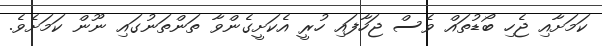
ކަމަށާއި ޖެހި ބޯޑުތައް ވެސް ޖަހާފައި ހުރީ އެކަށީގެންވާ ތަންތަނުގައި ނޫން ކަމަށެވެ.